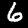
Digit: 6